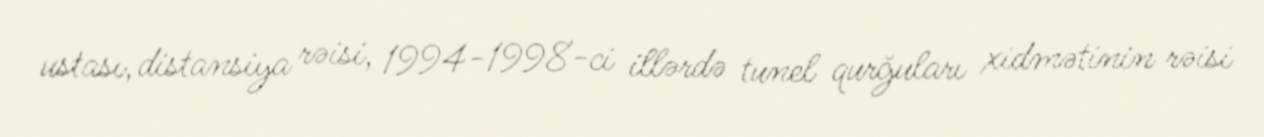
ustası, distansiya rəisi, 1994-1998-ci illərdə tunel qurğuları xidmətinin rəisi